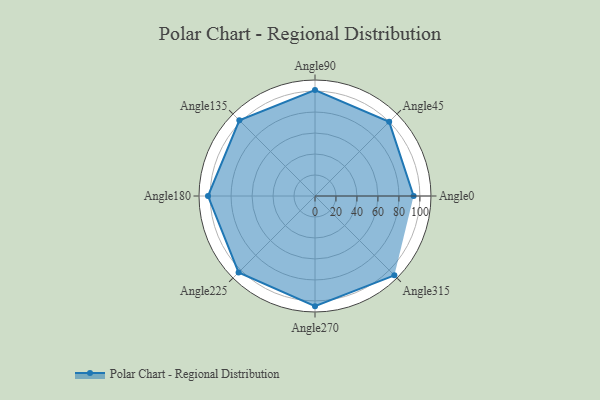
{"axis": {"x": "Angle", "y": "Radius"}, "legend": [""], "data": [{"x": "Angle0", "y": 94.0, "type": ""}, {"x": "Angle45", "y": 100.0, "type": ""}, {"x": "Angle90", "y": 101.0, "type": ""}, {"x": "Angle135", "y": 102.0, "type": ""}, {"x": "Angle180", "y": 102.0, "type": ""}, {"x": "Angle225", "y": 103.0, "type": ""}, {"x": "Angle270", "y": 105.0, "type": ""}, {"x": "Angle315", "y": 107.0, "type": ""}]}